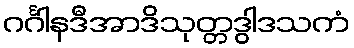
ဂင်္ဂါနဒီအာဒိသုတ္တဒွါဒသကံ